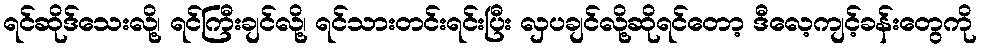
ရင်ဆိုဒ်သေးလို့၊ ရင်ကြီးချင်လို့၊ ရင်သားတင်းရင်းပြီး လှပချင်လို့ဆိုရင်တော့ ဒီလေ့ကျင့်ခန်းတွေကို